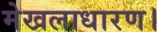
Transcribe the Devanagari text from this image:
मेखलाधारण।